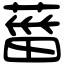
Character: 葘